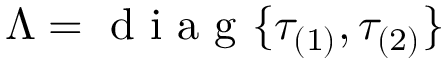
\Lambda = \mathrm { ~ d ~ i ~ a ~ g ~ } \{ \tau _ { ( 1 ) } , \tau _ { ( 2 ) } \}